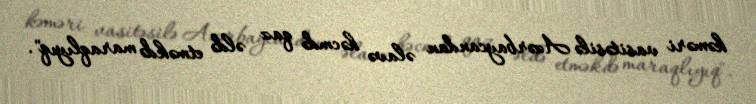
kəməri vasitəsilə Azərbaycandan əlavə həcmdə qaz əldə etməkdə maraqlıyıq".